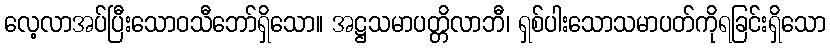
လေ့လာအပ်ပြီးသောဝသီဘော်ရှိသော။ အဋ္ဌသမာပတ္တိလာဘီ၊ ရှစ်ပါးသောသမာပတ်ကိုရခြင်းရှိသော